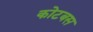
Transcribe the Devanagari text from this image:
कोटबस